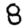
Digit: 8